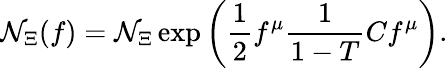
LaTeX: {\cal N}_{\Xi}(f)={\cal N}_{\Xi}\exp\left(\frac{1}{2}f^{\mu}\frac{1}{1-T}Cf^{\mu}\right).